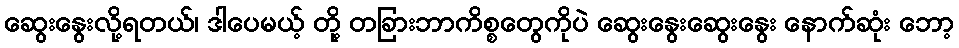
ဆွေးနွေးလို့ရတယ်၊ ဒါပေမယ့် တို့ တခြားဘာကိစ္စတွေကိုပဲ ဆွေးနွေးဆွေးနွေး နောက်ဆုံး ဘော့